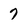
Character: 7